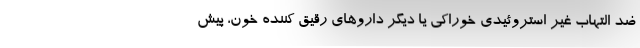
ضد التهاب غیر استروئیدی خوراکی یا دیگر داروهای رقیق کننده خون، پیش